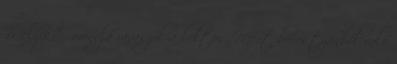
Melyik? - mondja ravaszul a boltos. Mert borostyánból való